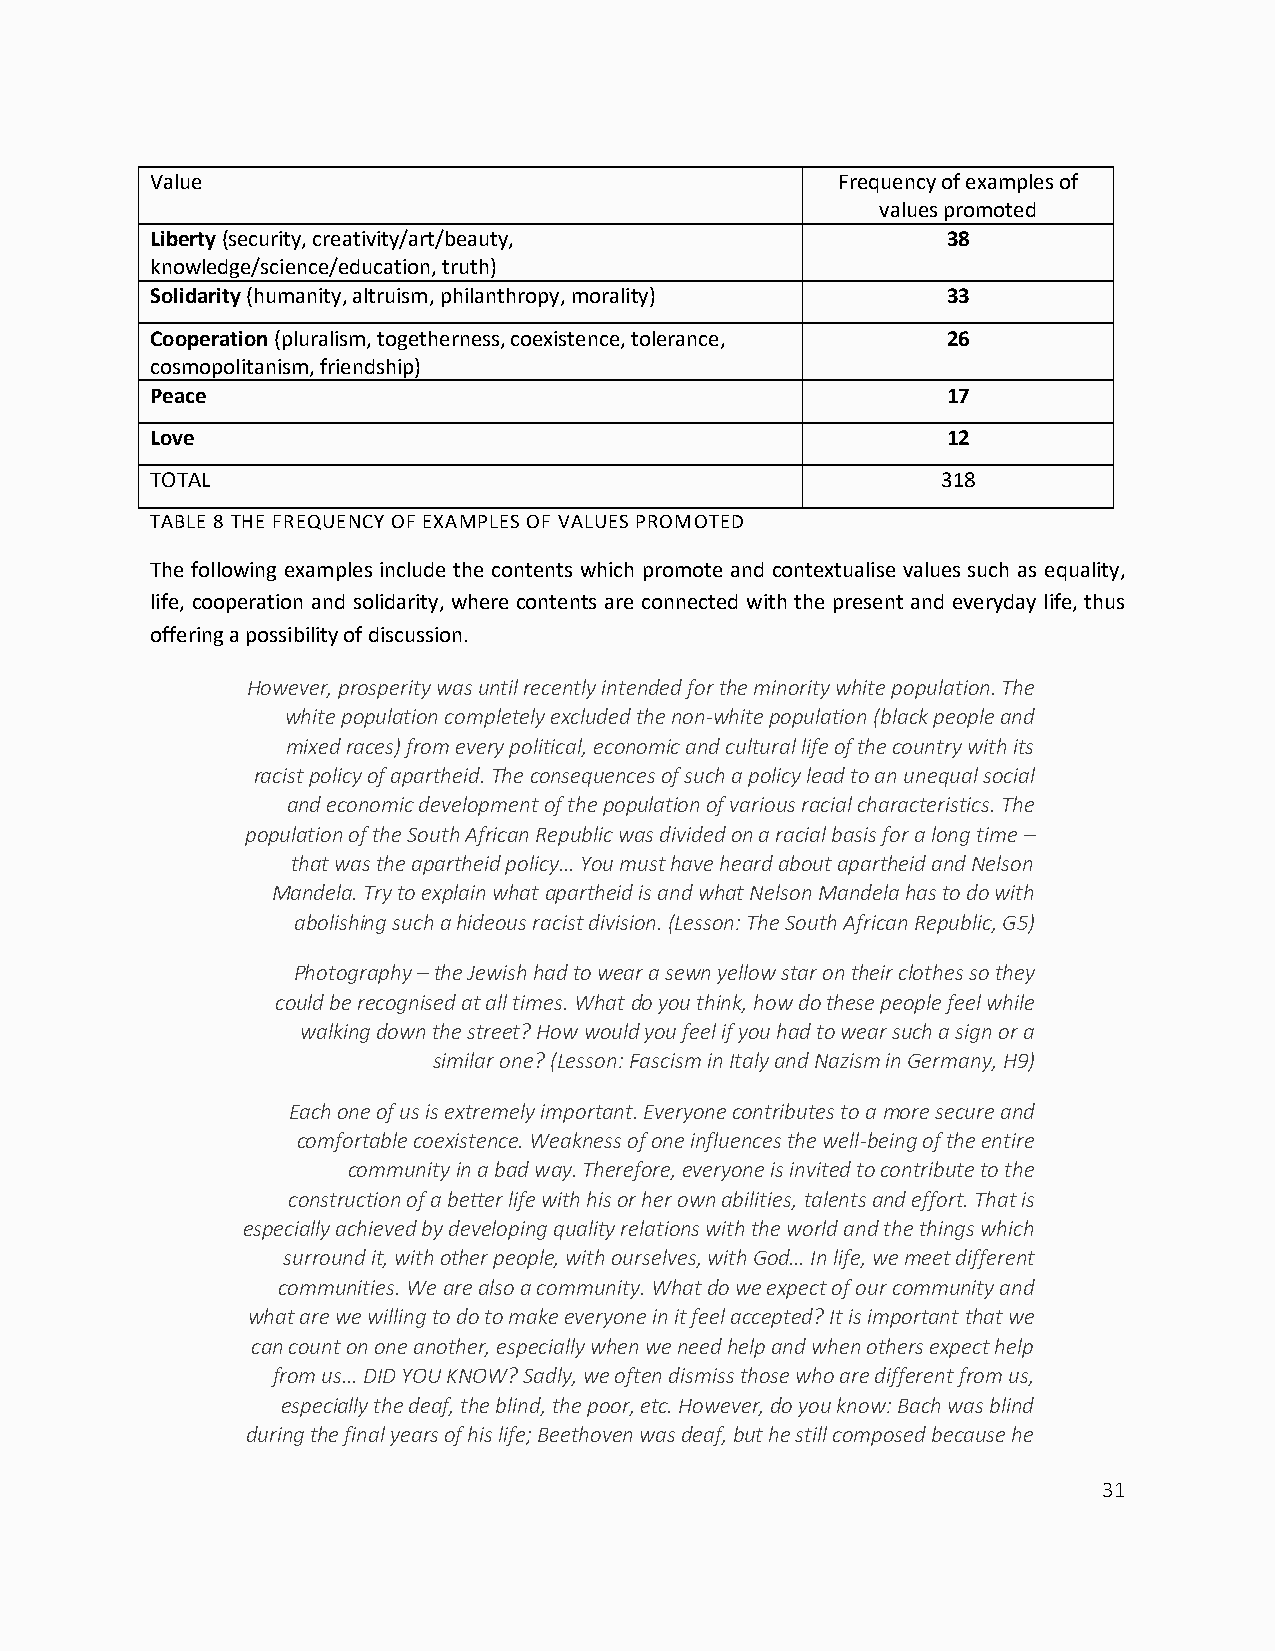
Value                                         Frequency of examples of
 values promoted
 Liberty (security, creativity/art/beauty,            38
 knowledge/science/education, truth)
 Solidarity (humanity, altruism, philanthropy, morality) 33
 Cooperation (pluralism, togetherness, coexistence, tolerance, 26
 cosmopolitanism, friendship)
 Peace                                                17
 Love                                                 12
 TOTAL                                               318
 TABLE 8 THE FREQUENCY OF EXAMPLES OF VALUES PROMOTED
 The following examples include the contents which promote and contextualise values such as equality,
 life, cooperation and solidarity, where contents are connected with the present and everyday life, thus
 offering a possibility of discussion.
 However, prosperity was until recently intended for the minority white population. The
 white population completely excluded the non-white population (black people and
 mixed races) from every political, economic and cultural life of the country with its
 racist policy of apartheid. The consequences of such a policy lead to an unequal social
 and economic development of the population of various racial characteristics. The
 population of the South African Republic was divided on a racial basis for a long time –
 that was the apartheid policy... You must have heard about apartheid and Nelson
 Mandela. Try to explain what apartheid is and what Nelson Mandela has to do with
 abolishing such a hideous racist division. (Lesson: The South African Republic, G5)
 Photography – the Jewish had to wear a sewn yellow star on their clothes so they
 could be recognised at all times. What do you think, how do these people feel while
 walking down the street? How would you feel if you had to wear such a sign or a
 similar one? (Lesson: Fascism in Italy and Nazism in Germany, H9)
 Each one of us is extremely important. Everyone contributes to a more secure and
 comfortable coexistence. Weakness of one influences the well-being of the entire
 community in a bad way. Therefore, everyone is invited to contribute to the
 construction of a better life with his or her own abilities, talents and effort. That is
 especially achieved by developing quality relations with the world and the things which
 surround it, with other people, with ourselves, with God… In life, we meet different
 communities. We are also a community. What do we expect of our community and
 what are we willing to do to make everyone in it feel accepted? It is important that we
 can count on one another, especially when we need help and when others expect help
 from us… DID YOU KNOW? Sadly, we often dismiss those who are different from us,
 especially the deaf, the blind, the poor, etc. However, do you know: Bach was blind
 during the final years of his life; Beethoven was deaf, but he still composed because he
 31